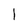
Character: 1